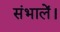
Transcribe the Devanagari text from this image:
संभालें।